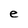
Character: e